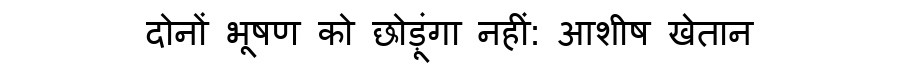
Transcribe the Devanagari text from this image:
दोनों भूषण को छोड़ूंगा नहीं: आशीष खेतान